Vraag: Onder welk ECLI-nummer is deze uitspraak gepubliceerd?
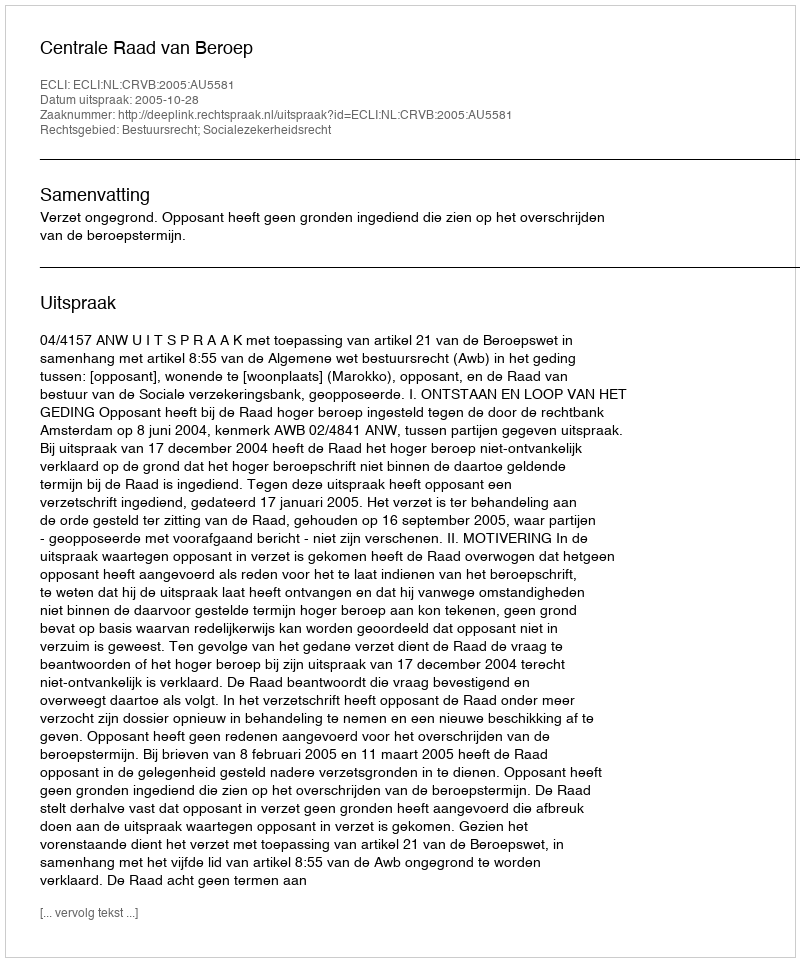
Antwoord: ECLI:NL:CRVB:2005:AU5581